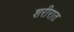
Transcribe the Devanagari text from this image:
शरीरात